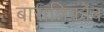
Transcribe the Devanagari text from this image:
बारान्निकोब